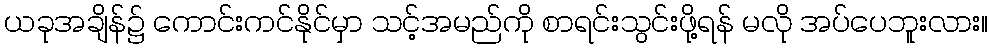
ယခုအချိန်၌ ကောင်းကင်နိုင်မှာ သင့်အမည်ကို စာရင်းသွင်းဖို့ရန် မလို အပ်ပေဘူးလား။